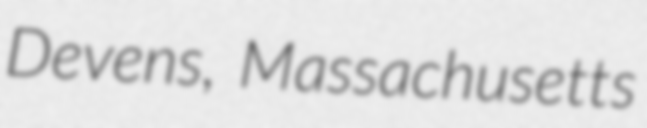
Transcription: Devens, Massachusetts